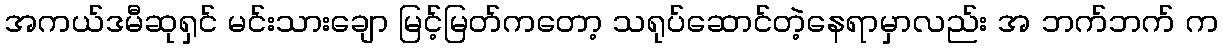
အကယ်ဒမီဆုရှင် မင်းသားချော မြင့်မြတ်ကတော့ သရုပ်ဆောင်တဲ့နေရာမှာလည်း အ ဘက်ဘက် က